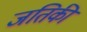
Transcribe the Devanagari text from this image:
जतिकी